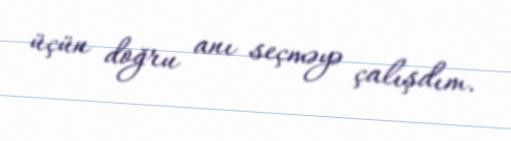
üçün doğru anı seçməyə çalışdım.